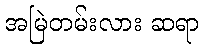
အမြဲတမ်းလား ဆရာ